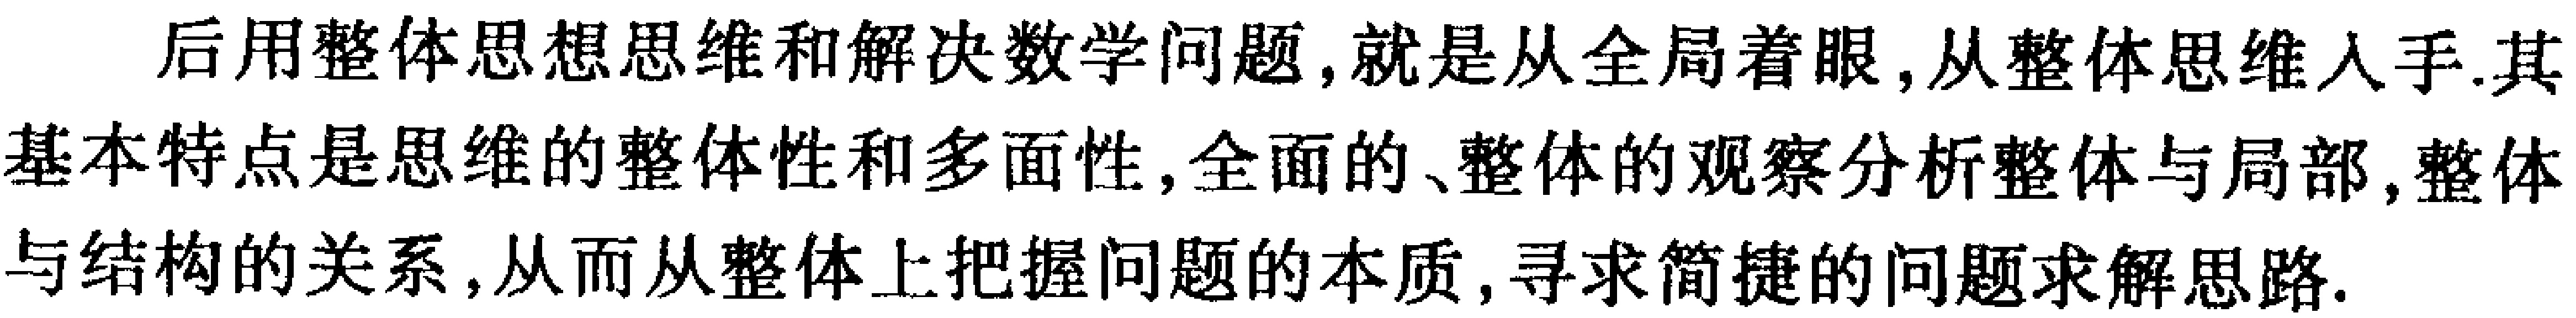
后用整体思想思维和解决数学问题,就是从全局着眼,从整体思维入手.其基本特点是思维的整体性和多面性,全面的、整体的观察分析整体与局部,整体与结构的关系,从而从整体上把握问题的本质,寻求简捷的问题求解思路.